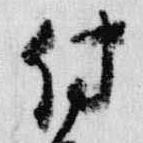
付